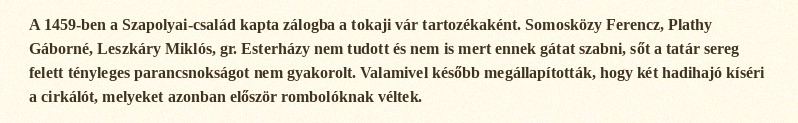
A 1459-ben a Szapolyai-család kapta zálogba a tokaji vár tartozékaként. Somosközy Ferencz, Plathy Gáborné, Leszkáry Miklós, gr. Esterházy nem tudott és nem is mert ennek gátat szabni, sőt a tatár sereg felett tényleges parancsnokságot nem gyakorolt. Valamivel később megállapították, hogy két hadihajó kíséri a cirkálót, melyeket azonban először rombolóknak véltek.